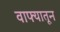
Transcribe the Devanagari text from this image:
वाफ्यातून